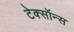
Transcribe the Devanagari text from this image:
टेक्सॉन्स